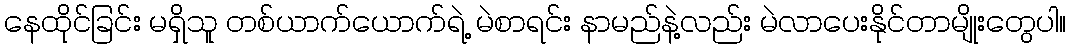
နေထိုင်ခြင်း မရှိသူ တစ်ယာက်ယောက်ရဲ့ မဲစာရင်း နာမည်နဲ့လည်း မဲလာပေးနိုင်တာမျိုးတွေပါ။